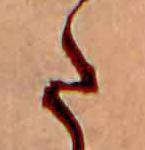
た